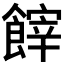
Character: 𩝪